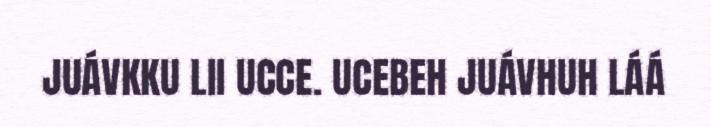
JUÁVKKU LII UCCE. UCEBEH JUÁVHUH LÁÁ